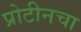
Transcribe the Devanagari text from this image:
प्रोटीनचा